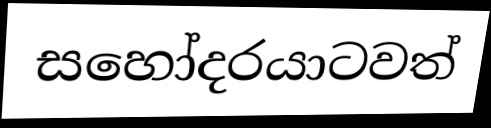
සහෝදරයාටවත්